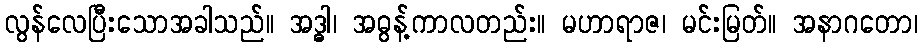
လွန်လေပြီးသောအခါသည်။ အဒ္ဓါ၊ အဓွန့်ကာလတည်း။ မဟာရာဇ၊ မင်းမြတ်။ အနာဂတော၊